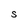
Character: S